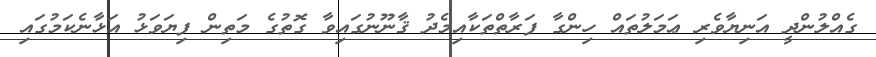
ގެއްލުންދީ އަނިޔާވެރި ޢަމަލުތައް ހިންގާ ފަރާތްތަކާއިމެދު ޤާނޫނުގައިވާ ގޮތުގެ މަތިން ފިޔަވަޅު އަޅާނެކަމުގައި